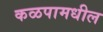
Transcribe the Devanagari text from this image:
कळपामधील